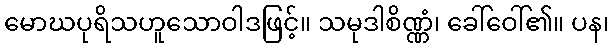
မောဃပုရိသဟူသောဝါဒဖြင့်။ သမုဒါစိဏ္ဏံ၊ ခေါ်ဝေါ်၏။ ပန၊